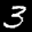
Label: 3